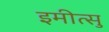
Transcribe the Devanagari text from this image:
इमीत्सु